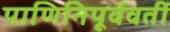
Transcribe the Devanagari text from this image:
पाणिनिपूर्ववर्ती